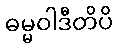
ဓမ္မဝါဒီတိပိ